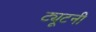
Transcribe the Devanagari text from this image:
ट्यूटनी